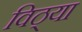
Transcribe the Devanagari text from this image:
विठ्या